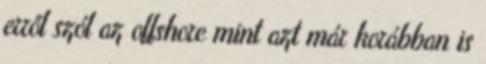
erről szól az offshore mint azt már korábban is